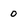
Character: o